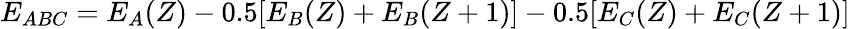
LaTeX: E_{ABC}=E_{A}(Z)-0.5[E_{B}(Z)+E_{B}(Z+1)]-0.5[E_{C}(Z)+E_{C}(Z+1)]